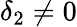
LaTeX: \delta_{2}\ne 0